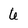
Character: 6